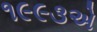
૧૯૯૩એ